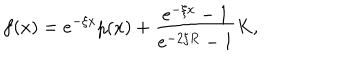
LaTeX: f ( x ) = e ^ { - \xi x } p ( x ) + \frac { e ^ { - \xi x } - 1 } { e ^ { - 2 \xi R } - 1 } K ,